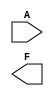
module single_variable_kmap (
    input wire A,    // Input variable
    output wire F    // Output variable
);

// Define the logic function based on the K-map
// Uncomment the desired logic function based on your requirements

// Example 1: F = 0 (constant zero)
// assign F = 1'b0;

// Example 2: F = 1 (constant one)
// assign F = 1'b1;

// Example 3: F = A (identity function)
// assign F = A;

// Example 4: F = NOT A (inversion)
// assign F = ~A;

// Example 5: F = A AND 1 (identity with AND gate)
// assign F = A & 1'b1;

// Example 6: F = A OR 0 (identity with OR gate)
// assign F = A | 1'b0;

// Example 7: F = A AND NOT A (always zero)
// assign F = A & ~A;

// Example 8: F = A OR NOT A (always one)
// assign F = A | ~A;

endmodule